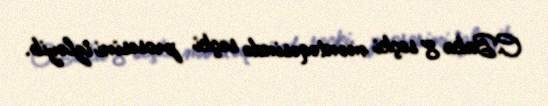
C.Baka 8 seçki məntəqəsində seçki prosesini izləyib.